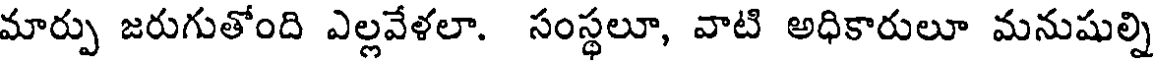
మార్పు జరుగుతోంది ఎల్లవేళలా. సంస్థలూ, వాటి అధికారులూ మనుషుల్ని